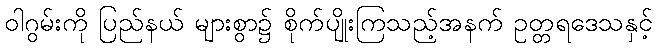
ဝါဂွမ်းကို ပြည်နယ် များစွာ၌ စိုက်ပျိုးကြသည့်အနက် ဥတ္တရဒေသနှင့်